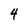
Character: 4